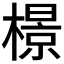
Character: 𬄣